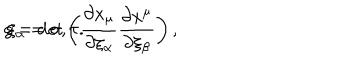
g = \det \left( \frac { \partial x _ { \mu } } { \partial \xi _ { \alpha } } \frac { \partial x ^ { \mu } } { \partial \xi _ { \beta } } \right) , \hspace { 1 0 m m } \xi _ { \alpha } = \sigma , \tau .